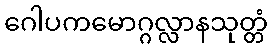
ဂေါပကမောဂ္ဂလ္လာနသုတ္တံ